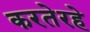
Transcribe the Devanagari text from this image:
करतेरहे